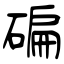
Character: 碥